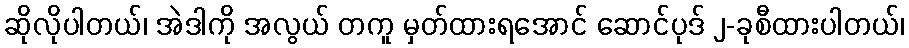
ဆိုလိုပါတယ်၊ အဲဒါကို အလွယ် တကူ မှတ်ထားရအောင် ဆောင်ပုဒ် ၂-ခုစီထားပါတယ်၊